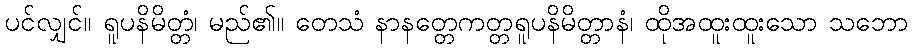
ပင်လျှင်။ ရူပနိမိတ္တံ၊ မည်၏။ တေသံ နာနတ္တေကတ္တရူပနိမိတ္တာနံ၊ ထိုအထူးထူးသော သဘော